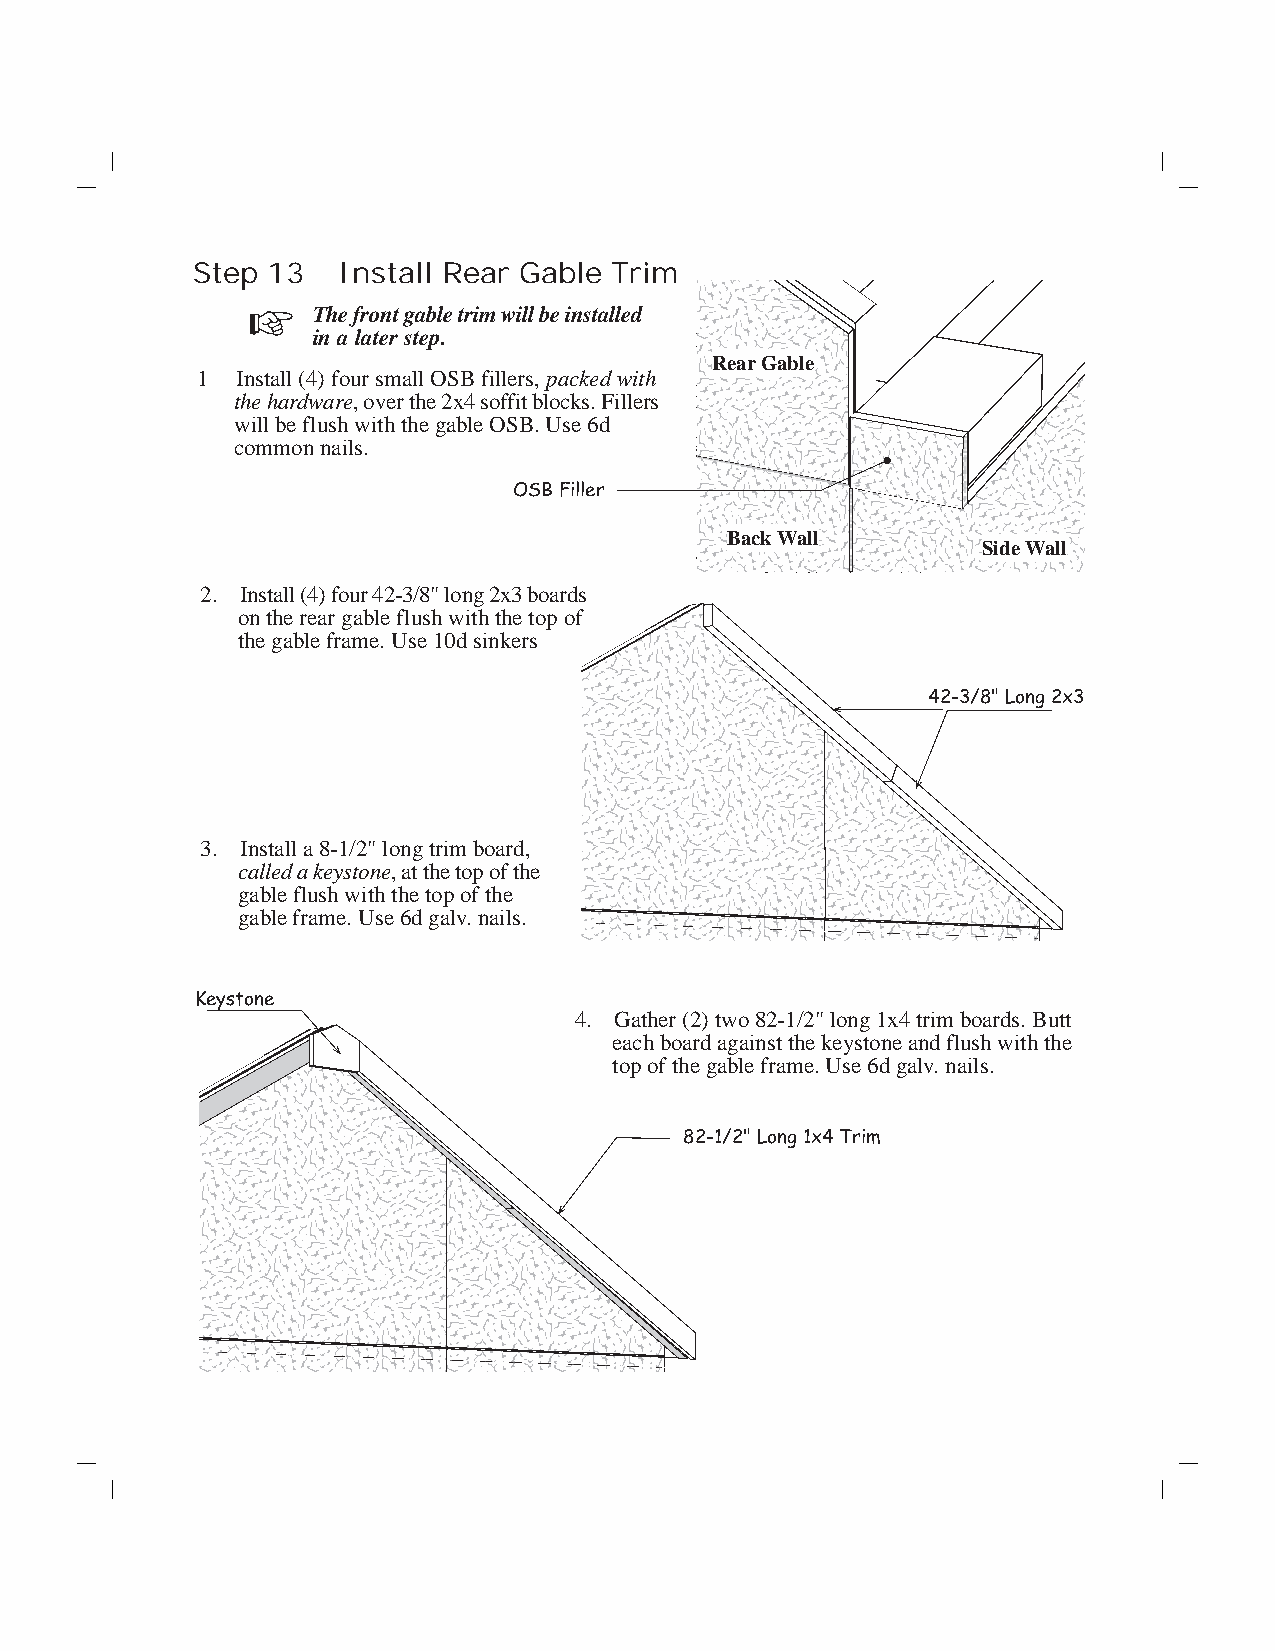
Step 13  Install Rear Gable Trim
 The front gable trim will be installed
 in a later step.
 Rear Gable
 1  Install (4) four small OSB fillers, packed with
 the hardware, over the 2x4 soffit blocks. Fillers
 will be flush with the gable OSB. Use 6d
 common nails.
 OSB Filler
 Back Wall
 Side Wall
 2. Install (4) four 42-3/8" long 2x3 boards
 on the rear gable flush with the top of
 the gable frame. Use 10d sinkers
 42-3/8" Long 2x3
 3. Install a 8-1/2" long trim board,
 called a keystone, at the top of the
 gable flush with the top of the
 gable frame. Use 6d galv. nails.
 Keystone
 4. Gather (2) two 82-1/2" long 1x4 trim boards. Butt
 each board against the keystone and flush with the
 top of the gable frame. Use 6d galv. nails.
 82-1/2" Long 1x4 Trim